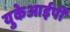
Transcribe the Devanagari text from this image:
युकेआईपी